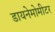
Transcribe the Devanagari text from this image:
डायनेमोमीटर